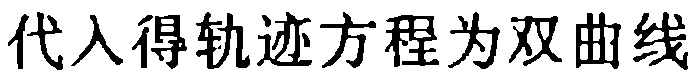
代入得轨迹方程为双曲线